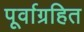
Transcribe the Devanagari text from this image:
पूर्वाग्रहित